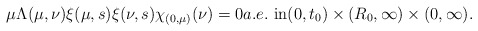
\begin{align*}\mu\Lambda(\mu,\nu)\xi(\mu,s)\xi(\nu,s)\chi_{(0,\mu)}(\nu)=0a.e.~\mbox{in}(0, t_{0})\times(R_{0}, \infty)\times(0, \infty).\end{align*}%\end{align*}